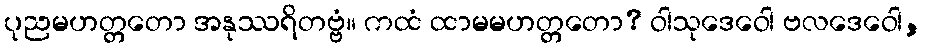
ပုညမဟတ္တတော အနုဿရိတဗ္ဗံ။ ကထံ ထာမမဟတ္တတော? ဝါသုဒေဝေါ ဗလဒေဝေါ,